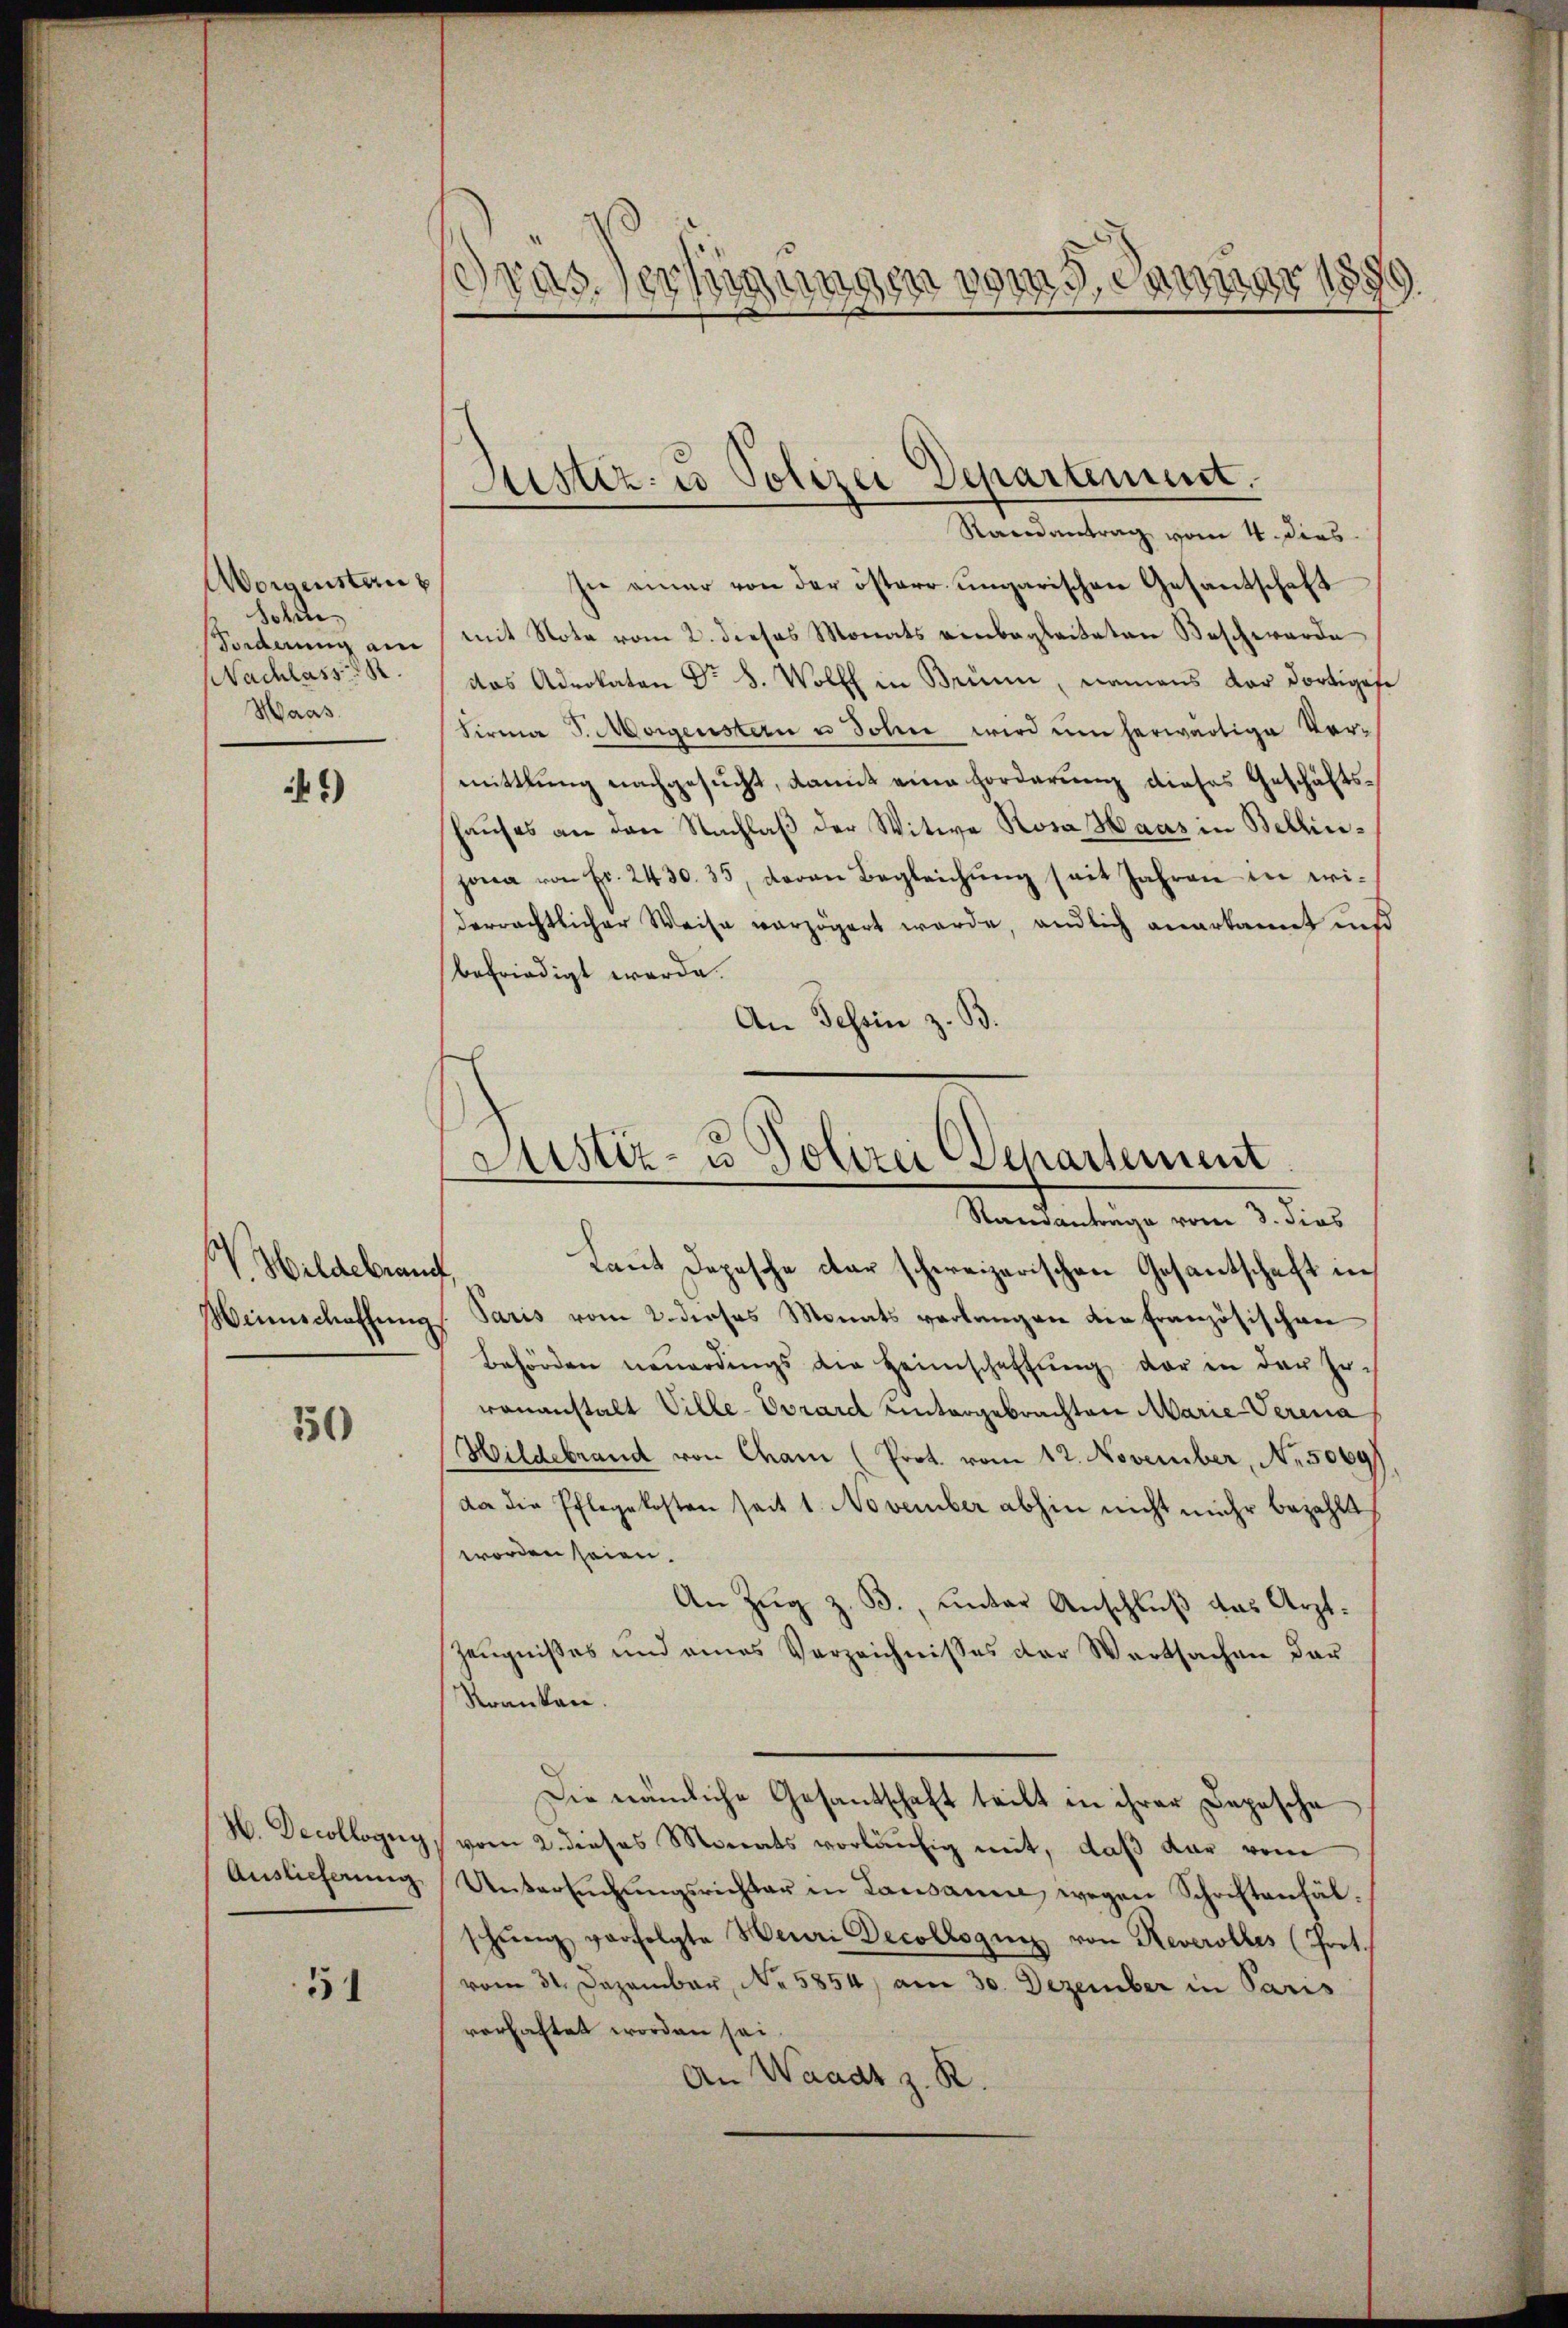
Morgenstan
Sohne
Forderung am
NNachlass
Haas

45)

V. Hildebrang
Winnschaffŭng

550

H. Decollogug
Auslieferung

51

Raandantrag vom 4. Dies
In einer von der österr. ungarischen Gesantschaft
mit Note vom 2. dieses Monats einbegleiteten Beschwerde
das Advokaten Dr. S. Wolff in Brune, namens der dortigese
Firma S. Morgensten u Johnn wird um herwärtige Ver-
mittlung nachgesucht, damit eine Forderung dieses Geschäftshaŭses an den Nachlaβ der Witwe Rosa Haas in Bellinjona von Fr. 2430. 35, davon Begleichŭng seit Jahren in widerrechtlicher Weise verzögert werde, endlich anerkannt und
befriedigt werde.
An Tessin z. B.

Pras. Persin
vom 5. Januar 189
2
19.

Justiz- u Polizei Departement.

Justiz- u Polizei (Separtement
Standanträge vom 3. dies

Laut Depesche dar schweizerischen Gesantschaft in
Paris vom 2. dieses Monats verlangen die Französischen
Behörden neŭerdings die Heimschaffŭng der in der Er-
wananstalt Ville-Ovrard untergebrachten Marie Verena
Hildebrand von Cham (Prot. vom 12. November, N. 5069
da die Pflegekosten seit 1. November abhin nicht mehr bezahlt
worden seien.
An Zug z. B. unter Anschluß das Arzt.
Zeugnißes und eines Verzeichnisses der Wertsachen dar
Stranken.
Die nämliche Gesantschaft teilt in ihrer Depesche
vom 2. dieses Monats vorläufig mit, daß dar vom
Untersŭchŭngsrichter in Lausanne wegen Schriftenfälschŭng verfolgte Heuri Decollogues von Reverolles (Prot.
vom 31. Dezember, No. 5854) am 30. Dezember in Paris
verhaftet worden sei.
An Waadt z. R.